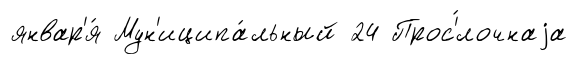
январ'я́ Мун'иципа́льный 24 Прос'́лочнаjа